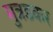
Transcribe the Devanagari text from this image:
मुत्रडकर